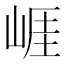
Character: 崕